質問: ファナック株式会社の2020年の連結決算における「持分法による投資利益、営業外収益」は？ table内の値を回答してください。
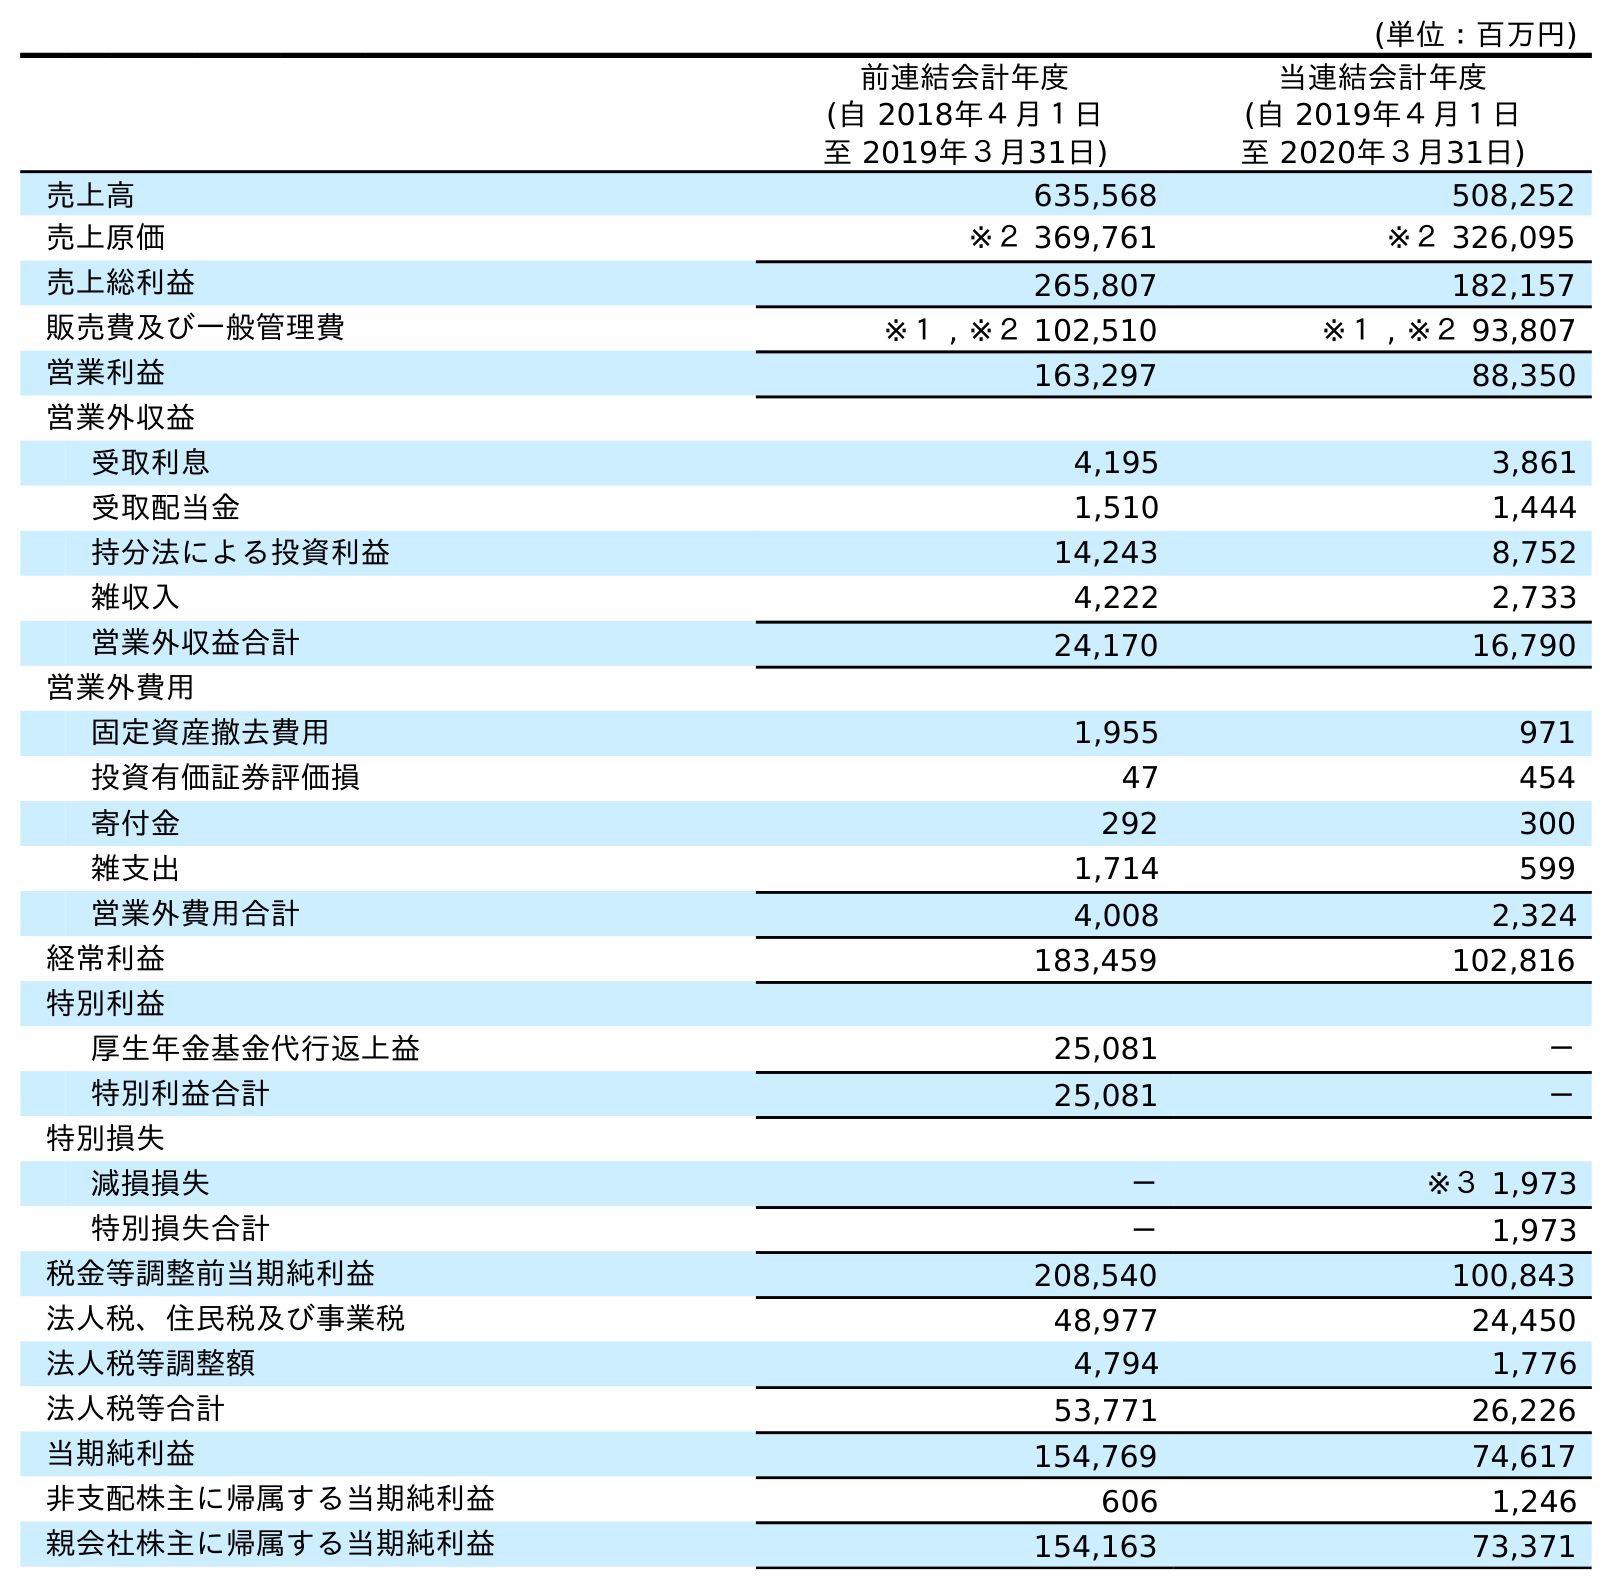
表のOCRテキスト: (単位：百万円) 前連結会計年度 (自 2018年４月１日 至 2019年３月31日) 当連結会計年度 (自 2019年４月１日 至 2020年３月31日) 売上高 635,568 508,252 売上原価 ※２ 369,761 ※２ 326,095 売上総利益 265,807 182,157 販売費及び一般管理費 ※１ , ※２ 102,510 ※１ , ※２ 93,807 営業利益 163,297 88,350 営業外収益 受取利息 4,195 3,861 受取配当金 1,510 1,444 持分法による投資利益 14,243 8,752 雑収入 4,222 2,733 営業外収益合計 24,170 16,790 営業外費用 固定資産撤去費用 1,955 971 投資有価証券評価損 47 454 寄付金 292 300 雑支出 1,714 599 営業外費用合計 4,008 2,324 経常利益 183,459 102,816 特別利益 厚生年金基金代行返上益 25,081 － 特別利益合計 25,081 － 特別損失 減損損失 － ※３ 1,973 特別損失合計 － 1,973 税金等調整前当期純利益 208,540 100,843 法人税、住民税及び事業税 48,977 24,450 法人税等調整額 4,794 1,776 法人税等合計 53,771 26,226 当期純利益 154,769 74,617 非支配株主に帰属する当期純利益 606 1,246 親会社株主に帰属する当期純利益 154,163 73,371
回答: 8,752